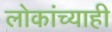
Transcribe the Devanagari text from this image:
लोकांच्याही